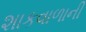
શાકવાળાની